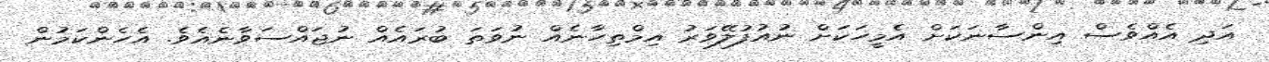
އަދި އެއްވެސް އިންސާނަކަށް އެމީހަކަށް ނުއުފުލޭވަރު އިމްތިހާނެއް ނުވަތަ ބުރައެއް ނުޖައްސަވާނެއެވެ. އެހެންކަމުން